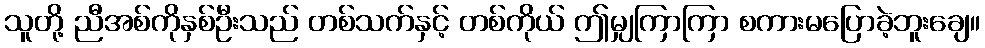
သူတို့ ညီအစ်ကိုနှစ်ဦးသည် တစ်သက်နှင့် တစ်ကိုယ် ဤမျှကြာကြာ စကားမပြောခဲ့ဘူးချေ။